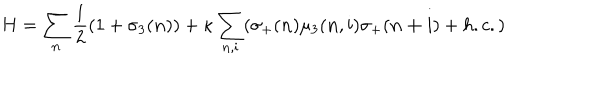
H = \sum _ { \bf n } \frac { 1 } { 2 } ( 1 + \sigma _ { 3 } ( { \bf n } ) ) + \kappa \sum _ { { \bf n } , { \bf i } } ( \sigma _ { + } ( { \bf n } ) \mu _ { 3 } ( { \bf n } , { \bf i } ) \sigma _ { + } ( { \bf n + i } ) + h . c . )